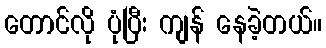
တောင်လို ပုံပြီး ကျန် နေခဲ့တယ်။